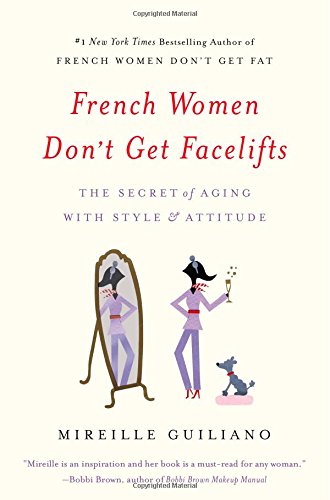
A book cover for French Women Don't Get Facelifts: The Secret of Aging with Style & Attitude; Health, Fitness & Dieting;